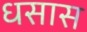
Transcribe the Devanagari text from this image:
धसास